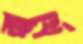
স্বার্থে